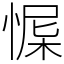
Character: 㥡